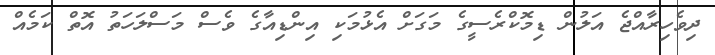
ދިވެހިރާއްޖެ އަލުން ޑިމޮކްރެސީގެ މަގަށް އެޅުމަކި އިންޑިއާގެ ވެސް މަސްލަހަތު އޮތް ކަމެއް